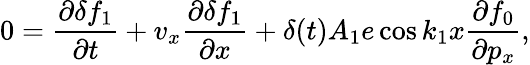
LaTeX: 0=\frac{\partial\delta f_{1}}{\partial t}+v_{x}\frac{\partial\delta f_{1}}{\partial x}+\delta(t)A_{1}e\cos k_{1}x\frac{\partial f_{0}}{\partial p_{x}},